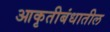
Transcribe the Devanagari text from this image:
आकृतीबंधातील